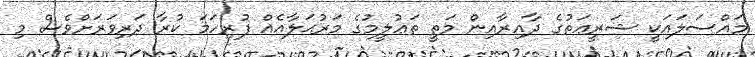
މައްސަލައަކީ ޝަރީޢަތުގެ ދާއިރާއިން މަތީ ތަޢުލީމުގެ މަރުޙަލާއެއް ފުރިހަމަ ކުރާ ދަރިވަރަށްވެސް މި